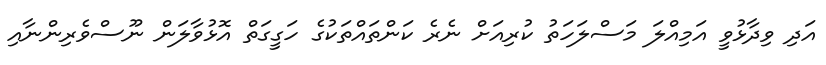
އަދި ވިދާޅުވީ އަމިއްލަ މަސްލަހަތު ކުރިއަށް ނެރެ ކަންތައްތަކުގެ ހަގީގަތް އޮޅުވާލަން ނޫސްވެރިންނާއި